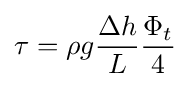
\tau =\rho g{\frac {\Delta h}{L}}{\frac {\Phi _{t}}{4}}